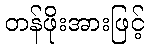
တန်ဖိုးအားဖြင့်